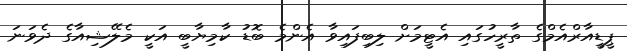
ޕީޑީއާރްއެމްގެ ތާރީހުގައި އެޓީމަށް ލިބިފައިވާ އެންމެ ބޮޑު ކާމިޔާބީ އަކީ މެލޭޝިއާގެ ދެވަނަ